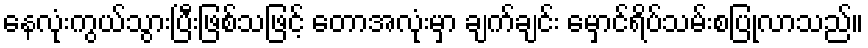
နေလုံးကွယ်သွားပြီးဖြစ်သဖြင့် တောအလုံးမှာ ချက်ချင်း မှောင်ရိပ်သမ်းစပြုလာသည်။